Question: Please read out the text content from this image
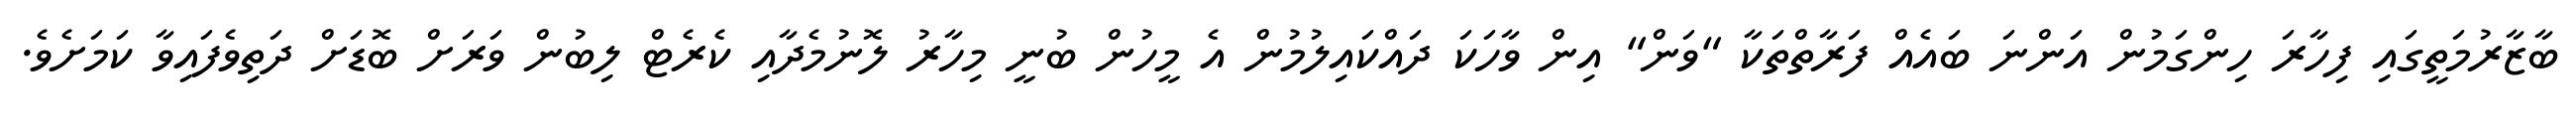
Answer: ބާޒާރުމަތީގައި ފިހާރަ ހިންގަމުން އަންނަ ބައެއް ފަރާތްތަކާ "ވަން" އިން ވާހަކަ ދައްކައިލުމުން އެ މީހުން ބުނީ މިހާރު ލޮނުމެދާއި ކެރެޓް ލިބުން ވަރަށް ބޮޑަށް ދަތިވެފައިވާ ކަމަށެވެ.